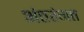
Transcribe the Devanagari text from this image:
अंतरंगत